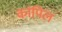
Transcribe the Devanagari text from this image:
कांपिल